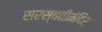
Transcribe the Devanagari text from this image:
सरस्वतीमंदिर